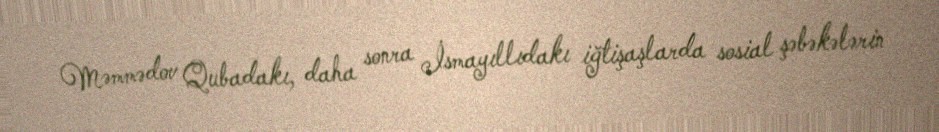
Məmmədov Qubadakı, daha sonra İsmayıllıdakı iğtişaşlarda sosial şəbəkələrin